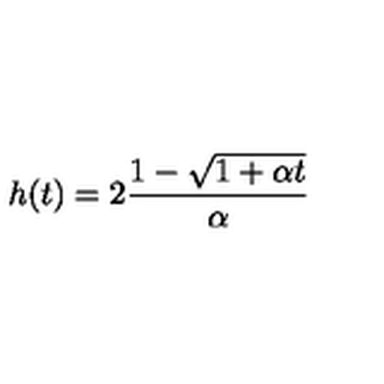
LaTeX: h ( t ) = 2 { \frac { 1 - \sqrt { 1 + \alpha t } } { \alpha } }